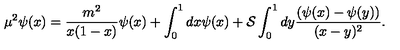
\mu ^ { 2 } \psi ( x ) = \frac { m ^ { 2 } } { x ( 1 - x ) } \psi ( x ) + \int _ { 0 } ^ { 1 } d x \psi ( x ) + { \cal S } \int _ { 0 } ^ { 1 } d y \frac { ( \psi ( x ) - \psi ( y ) ) } { ( x - y ) ^ { 2 } } .